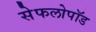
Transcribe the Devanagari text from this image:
सेफलोपॉड